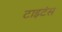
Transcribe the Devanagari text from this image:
टाइटंस